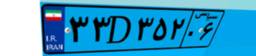
۳۳D۳۵۲۰۶